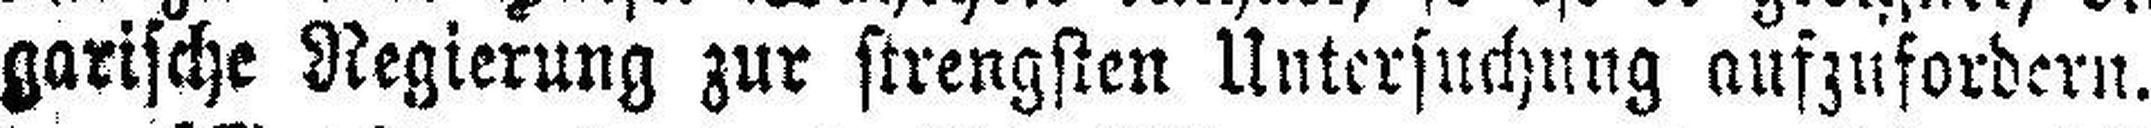
garische Regierung zur strengsten Untersuchung aufzufordern.